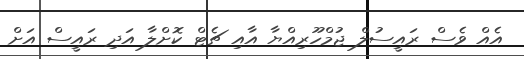
އެއް ވެސް ރައީސުލް ޖުމްހޫރިއްޔާ އާއި ޗެޓް ކޮށްލާ އަދި ރައީސް އަށް